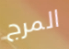
المرج